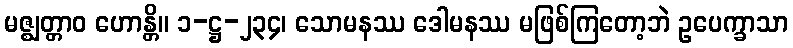
မဇ္ဈတ္တာဝ ဟောန္တိ။ ၁-ဋ္ဌ-၂၃၄၊ သောမနဿ ဒေါမနဿ မဖြစ်ကြတော့ဘဲ ဥပေက္ခာသာ